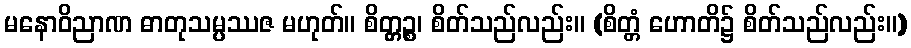
မနောဝိညာဏ ဓာတုသမ္ပဿဇ မဟုတ်။ စိတ္တ္ကဉ္စ၊ စိတ်သည်လည်း။ (စိတ္တံ ဟောတိ၌ စိတ်သည်လည်း။)